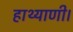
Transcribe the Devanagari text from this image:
हाथ्याणी।